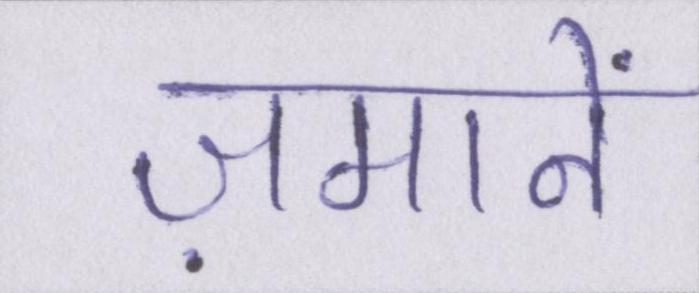
ज़मानें